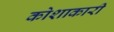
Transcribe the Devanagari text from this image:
कोशाकारी